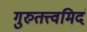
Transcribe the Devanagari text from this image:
गुरुतत्त्वमिदं